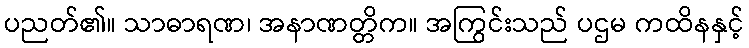
ပညတ်၏။ သာဓာရဏ၊ အနာဏတ္တိက။ အကြွင်းသည် ပဌမ ကထိနနှင့်